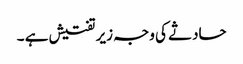
حادثے کی وجہ زیر تفتیش ہے ۔